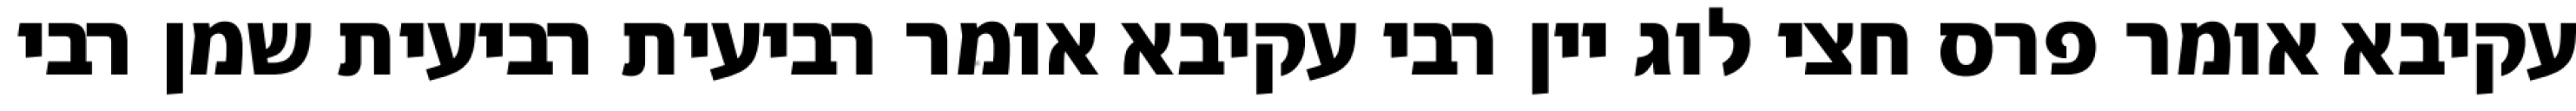
עקיבא אומר פרס חצי לוג יין רבי עקיבא אומר רביעית רביעית שמן רבי